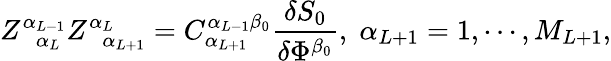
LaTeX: Z_{\; \; \alpha_{L}}^{\alpha_{L-1}}Z_{\; \; \alpha_{L+1}}^{\alpha_{L}}=C_{\alpha_{L+1}}^{\alpha_{L-1}\beta_{0}}\frac{\delta S_{0}}{\delta\Phi^{\beta_{0}}},\; \alpha_{L+1}=1,\cdots,M_{L+1},